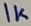
Text: 1K